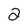
Character: 2